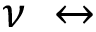
\nu ~ \leftrightarrow